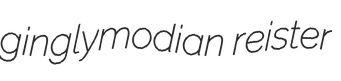
ginglymodian reister